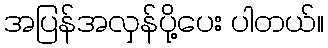
အပြန်အလှန်ပို့ပေး ပါတယ်။